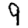
Digit: 9